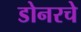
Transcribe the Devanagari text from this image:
डोनरचे